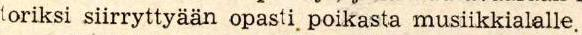
toriksi siirryttyään opasti  poikasta musiikkialalle.